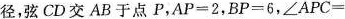
径，弦CD交AB于点P，$$A P = 2$$，$$B P = 6$$，$$∠ A P C =